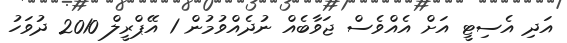
އަދި އެސިޓީ އަށް އެއްވެސް ޖަވާބެއް ނުދެއްވުމުން 1 އޭޕްރީލް 2010 ދުވަހު